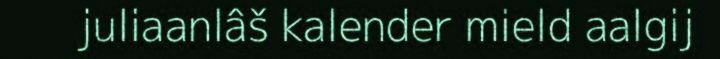
juliaanlâš kalender mield aalgij